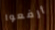
أرفعوا